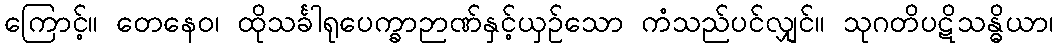
ကြောင့်။ တေနေဝ၊ ထိုသင်္ခါရုပေက္ခာဉာဏ်နှင့်ယှဉ်သော ကံသည်ပင်လျှင်။ သုဂတိပဋိသန္ဓိယာ၊